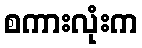
စကားလုံးက